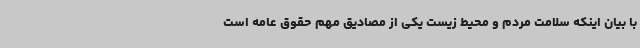
با بیان اینکه سلامت مردم و محیط زیست یکی از مصادیق مهم حقوق عامه است